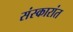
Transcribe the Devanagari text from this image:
संस्कारांत